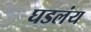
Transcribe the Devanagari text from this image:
घडलंय